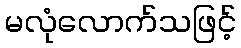
မလုံလောက်သဖြင့်